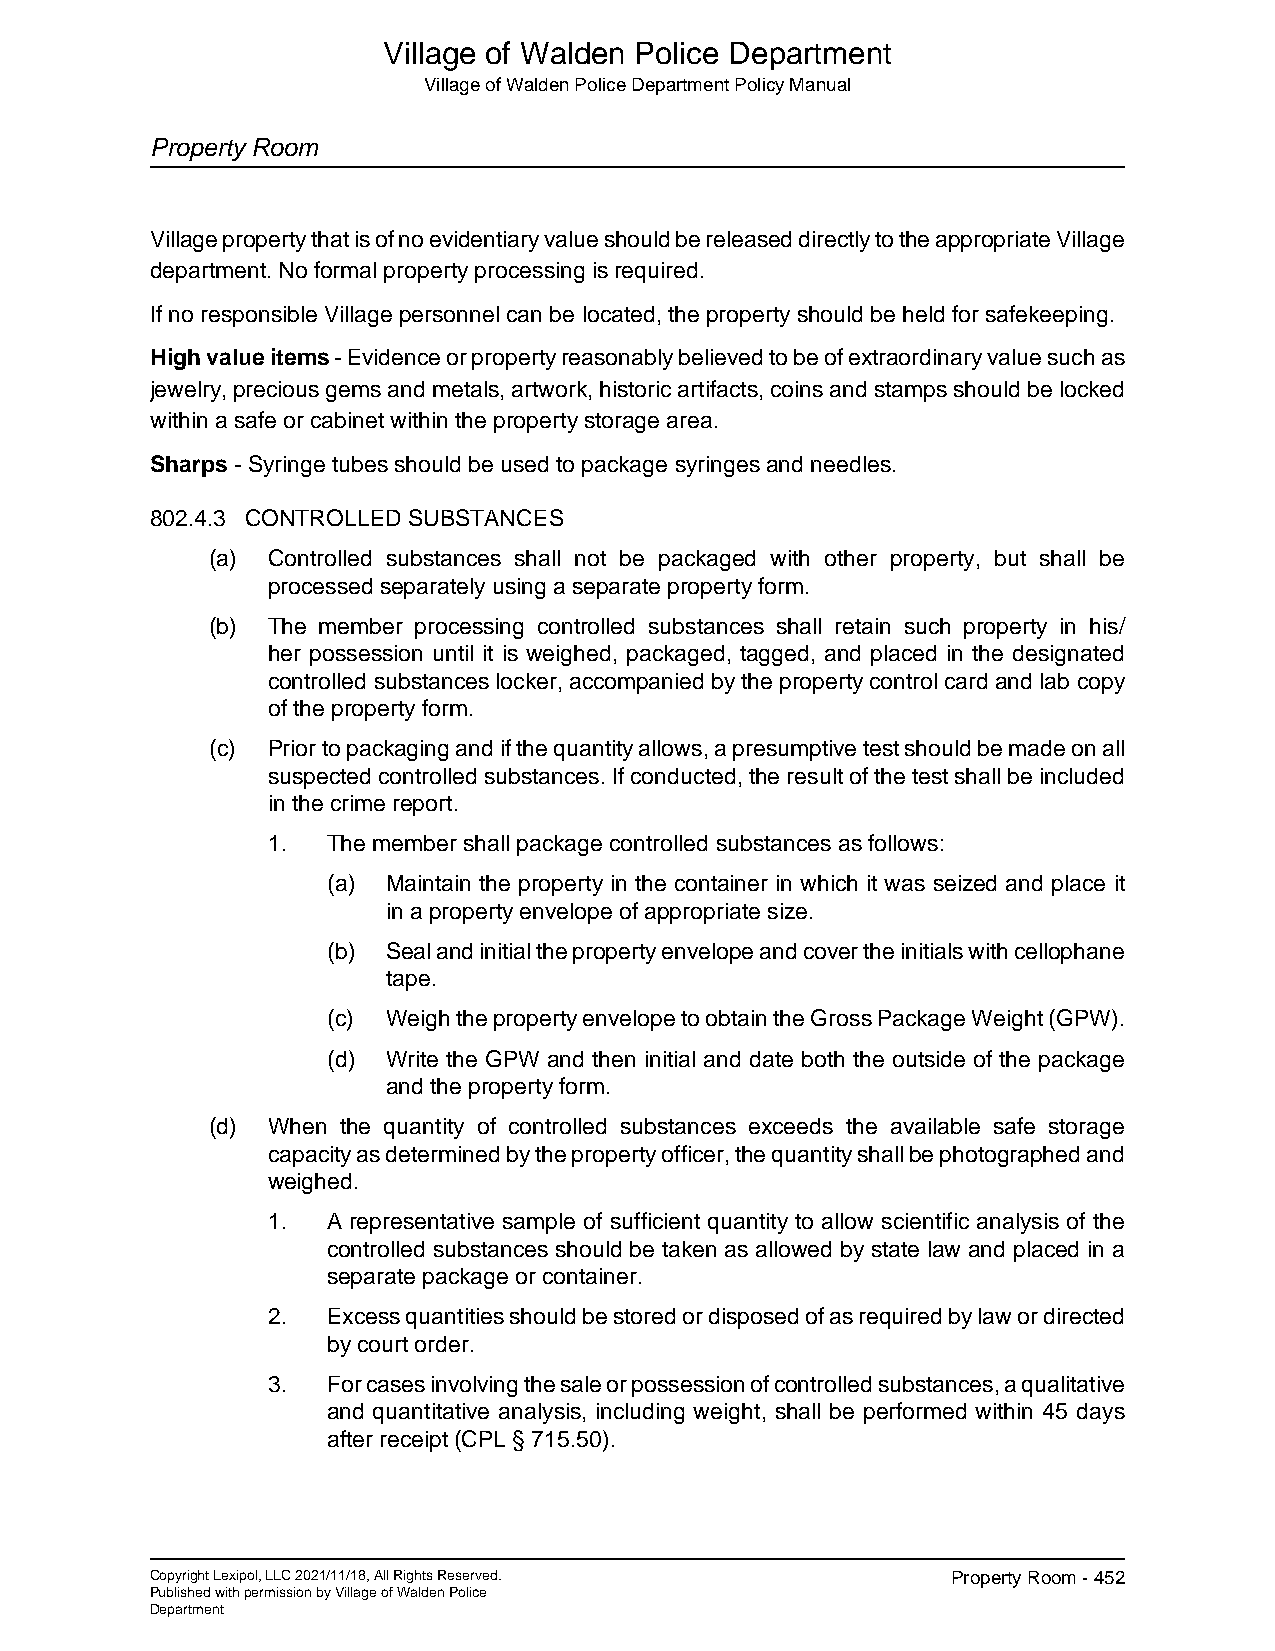
Village of Walden Police Department
 Village of Walden Police Department Policy Manual
 Property Room
 Village property that is of no evidentiary value should be released directly to the appropriate Village
 department. No formal property processing is required.
 If no responsible Village personnel can be located, the property should be held for safekeeping.
 High value items - Evidence or property reasonably believed to be of extraordinary value such as
 jewelry, precious gems and metals, artwork, historic artifacts, coins and stamps should be locked
 within a safe or cabinet within the property storage area.
 Sharps - Syringe tubes should be used to package syringes and needles.
 802.4.3 CONTROLLED SUBSTANCES
 (a) Controlled substances shall not be packaged with other property, but shall be
 processed separately using a separate property form.
 (b) The member processing controlled substances shall retain such property in his/
 her possession until it is weighed, packaged, tagged, and placed in the designated
 controlled substances locker, accompanied by the property control card and lab copy
 of the property form.
 (c) Prior to packaging and if the quantity allows, a presumptive test should be made on all
 suspected controlled substances. If conducted, the result of the test shall be included
 in the crime report.
 1.  The member shall package controlled substances as follows:
 (a) Maintain the property in the container in which it was seized and place it
 in a property envelope of appropriate size.
 (b) Seal and initial the property envelope and cover the initials with cellophane
 tape.
 (c) Weigh the property envelope to obtain the Gross Package Weight (GPW).
 (d) Write the GPW and then initial and date both the outside of the package
 and the property form.
 (d) When the quantity of controlled substances exceeds the available safe storage
 capacity as determined by the property officer, the quantity shall be photographed and
 weighed.
 1.  A representative sample of sufficient quantity to allow scientific analysis of the
 controlled substances should be taken as allowed by state law and placed in a
 separate package or container.
 2.  Excess quantities should be stored or disposed of as required by law or directed
 by court order.
 3.  For cases involving the sale or possession of controlled substances, a qualitative
 and quantitative analysis, including weight, shall be performed within 45 days
 after receipt (CPL § 715.50).
 Copyright Lexipol, LLC 2021/11/18, All Rights Reserved. Property Room - 452
 Published with permission by Village of Walden Police
 Department